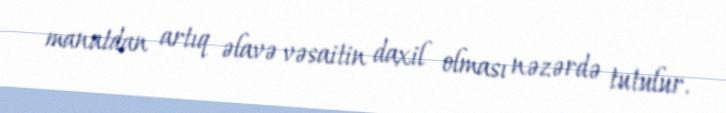
manatdan artıq əlavə vəsaitin daxil olması nəzərdə tutulur.